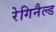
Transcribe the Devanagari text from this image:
रेगिनैल्ड